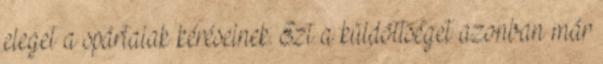
eleget a spártaiak kéréseinek. Ezt a küldöttséget azonban már